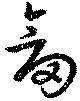
劔